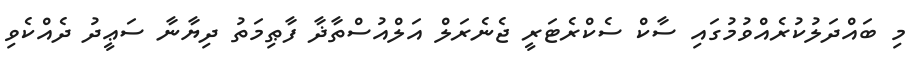
މި ބައްދަލުކުރެއްވުމުގައި ސާކް ސެކްރެޓަރީ ޖެނެރަލް އަލްއުސްތާޛާ ފާޠިމަތު ދިޔާނާ ސަޢީދު ދެއްކެވި